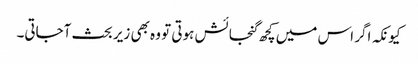
کیونکہ اگر اس میں کچھ گنجائش ہوتی تو وہ بھی زیر بحث آجاتی۔